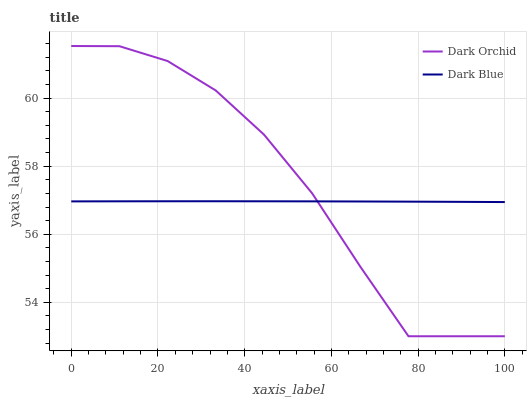
| xaxis_label | Dark Orchid | Dark Blue |
 | --- | --- | --- |
 | 0 | 61.5 | 57 |
 | 11.1 | 61.5 | 57 |
 | 22.2 | 61.1 | 57 |
 | 33.3 | 60.2 | 57 |
 | 44.4 | 58.9 | 57 |
 | 55.6 | 57.2 | 57 |
 | 66.7 | 55 | 57 |
 | 77.8 | 53 | 57 |
 | 88.9 | 53 | 57 |
 | 100 | 53 | 56.9 |